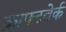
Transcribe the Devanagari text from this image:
क्राफ्टवेर्क